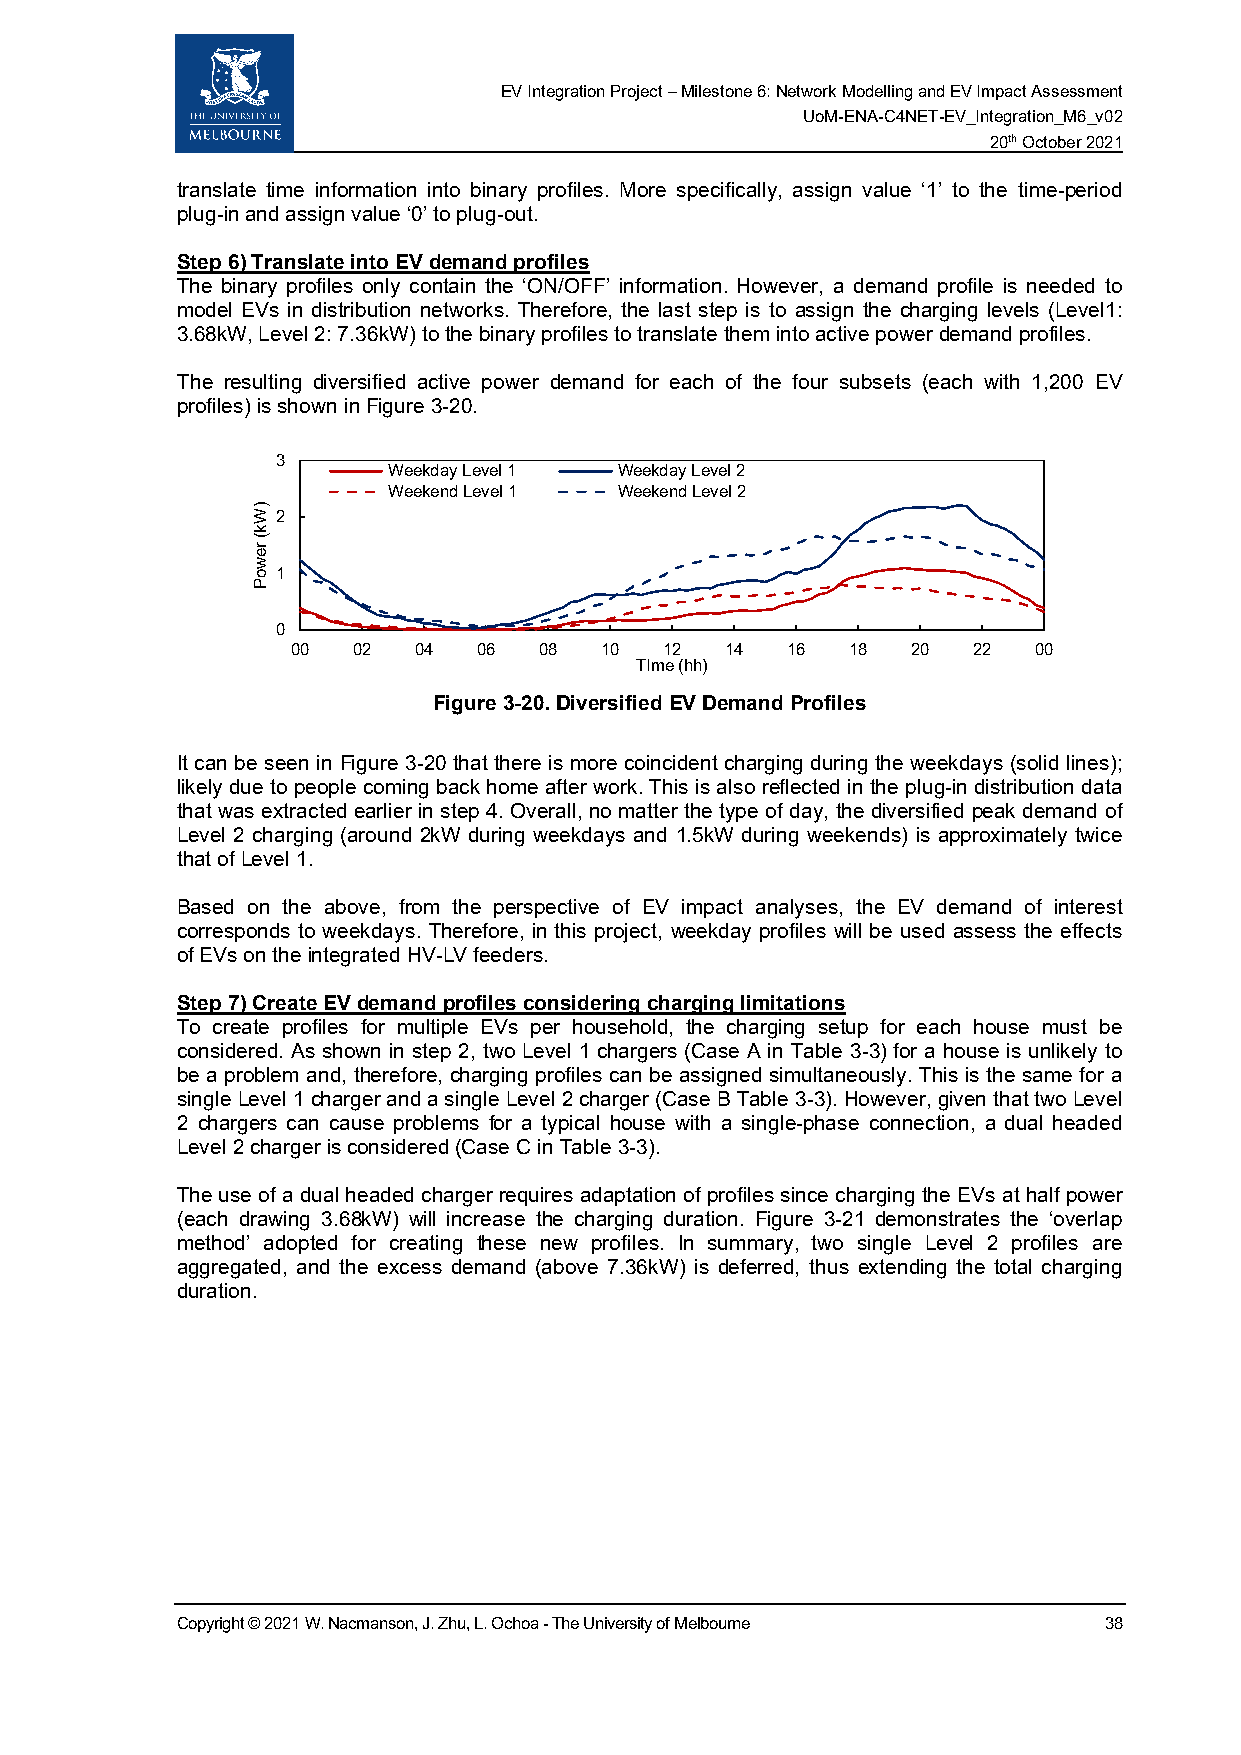
EV Integration Project – Milestone 6: Network Modelling and EV Impact Assessment
 UoM-ENA-C4NET-EV_Integration_M6_v02
 20th October 2021
 translate time information into binary profiles. More specifically, assign value ‘1’ to the time-period
 plug-in and assign value ‘0’ to plug-out.
 Step 6) Translate into EV demand profiles
 The binary profiles only contain the ‘ON/OFF’ information. However, a demand profile is needed to
 model EVs in distribution networks. Therefore, the last step is to assign the charging levels (Level1:
 3.68kW, Level 2: 7.36kW) to the binary profiles to translate them into active power demand profiles.
 The resulting diversified active power demand for each of the four subsets (each with 1,200 EV
 profiles) is shown in Figure 3-20.
 3
 Weekday Level 1 Weekday Level 2
 Weekend Level 1 Weekend Level 2
 2
 1
 0
 00  02  04   06  08  10  12  14  16  18  20  22  00
 TIme (hh)
 Figure 3-20. Diversified EV Demand Profiles
 It can be seen in Figure 3-20 that there is more coincident charging during the weekdays (solid lines);
 likely due to people coming back home after work. This is also reflected in the plug-in distribution data
 that was extracted earlier in step 4. Overall, no matter the type of day, the diversified peak demand of
 Level 2 charging (around 2kW during weekdays and 1.5kW during weekends) is approximately twice
 that of Level 1.
 Based on the above, from the perspective of EV impact analyses, the EV demand of interest
 corresponds to weekdays. Therefore, in this project, weekday profiles will be used assess the effects
 of EVs on the integrated HV-LV feeders.
 Step 7) Create EV demand profiles considering charging limitations
 To create profiles for multiple EVs per household, the charging setup for each house must be
 considered. As shown in step 2, two Level 1 chargers (Case A in Table 3-3) for a house is unlikely to
 be a problem and, therefore, charging profiles can be assigned simultaneously. This is the same for a
 single Level 1 charger and a single Level 2 charger (Case B Table 3-3). However, given that two Level
 2 chargers can cause problems for a typical house with a single-phase connection, a dual headed
 Level 2 charger is considered (Case C in Table 3-3).
 The use of a dual headed charger requires adaptation of profiles since charging the EVs at half power
 (each drawing 3.68kW) will increase the charging duration. Figure 3-21 demonstrates the ‘overlap
 method’ adopted for creating these new profiles. In summary, two single Level 2 profiles are
 aggregated, and the excess demand (above 7.36kW) is deferred, thus extending the total charging
 duration.
 Copyright © 2021 W. Nacmanson, J. Zhu, L. Ochoa - The University of Melbourne 38
 )Wk(
 rewoP